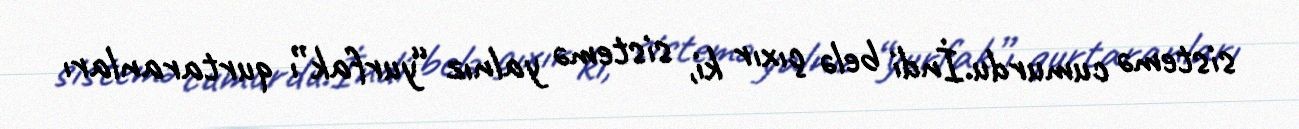
sistemə cumurdu.İndi belə çıxır ki, sistemə yalnız “yurfak”ı qurtaranları